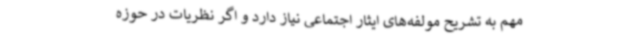
مهم به تشریح مولفه‌های ایثار اجتماعی نیاز دارد و اگر نظریات در حوزه